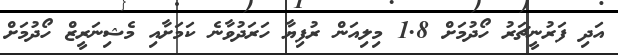
އަދި ފަރުނީޗަރު ހޯދުމަށް 1.8 މިލިއަން ރުފިޔާ ހަރަދުވާނެ ކަމަށާއި މެޝިނަރީޒް ހޯދުމަށް